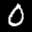
Label: 0